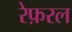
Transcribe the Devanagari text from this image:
रेफ़रल